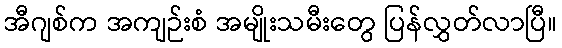
အီဂျစ်က အကျဉ်းစံ အမျိုးသမီးတွေ ပြန်လွှတ်လာပြီ။